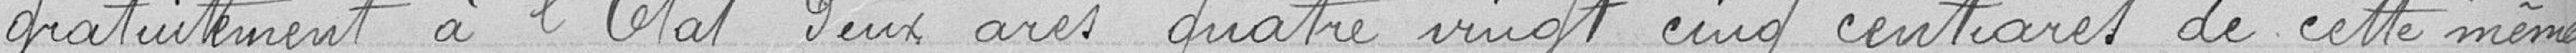
gratuitement à l'Etat deux ares quatre vingt cinq centiares de cette même